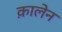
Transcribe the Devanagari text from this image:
क़ालेन